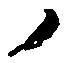
ノ